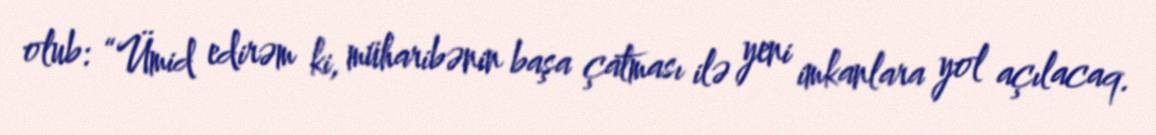
olub: “Ümid edirəm ki, müharibənin başa çatması ilə yeni imkanlara yol açılacaq.